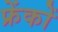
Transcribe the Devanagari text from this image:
फ्रेंकों